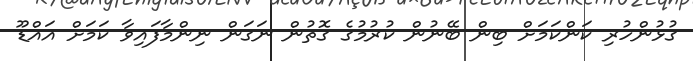
ގުޅުންހުރި ކަންކަމަށް ބިން ބޭނުން ކުރުމުގެ ގޮތުން ނަގަން ނިންމާފައިވާ ކަމަށް އައްޑޫ